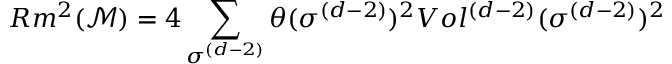
R m ^ { 2 } ( \mathcal { M } ) = 4 \sum _ { \sigma ^ { ( d - 2 ) } } \theta ( \sigma ^ { ( d - 2 ) } ) ^ { 2 } V o l ^ { ( d - 2 ) } ( \sigma ^ { ( d - 2 ) } ) ^ { 2 }